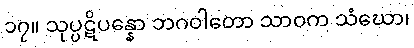
၁၇။ သုပ္ပဋိပန္နော ဘဂဝါတော သာဝက သံဃော၊